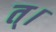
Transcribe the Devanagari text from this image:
त्।